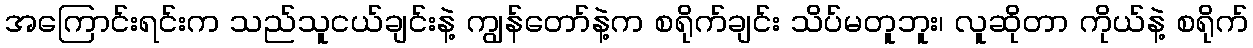
အကြောင်းရင်းက သည်သူငယ်ချင်းနဲ့ ကျွန်တော်နဲ့က စရိုက်ချင်း သိပ်မတူဘူး၊ လူဆိုတာ ကိုယ်နဲ့ စရိုက်